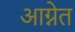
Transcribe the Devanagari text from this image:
आग्नेत